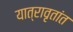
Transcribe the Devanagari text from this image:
यात्रावृतांत